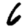
Digit: 6